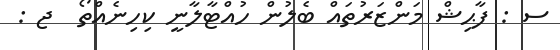
ސ : ފާޙިޝް މަންޒަރުތައް ބެލުން ހުއްޓާލާނީ ކިހިނެއްތޯ  ޖ :